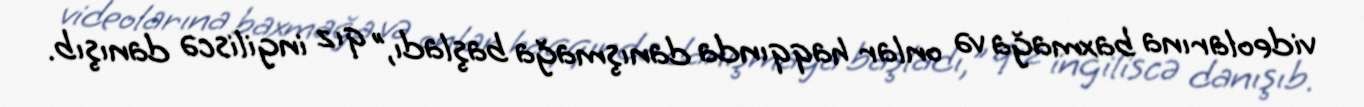
videolarına baxmağa və onlar haqqında danışmağa başladı,” qız ingiliscə danışıb.